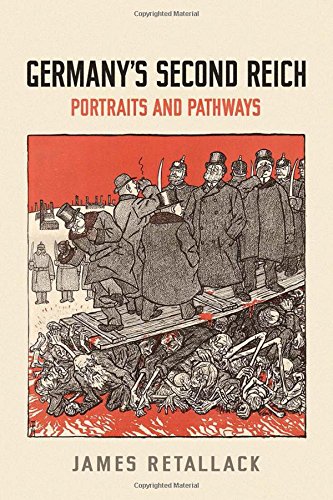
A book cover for Germany's Second Reich: Portraits and Pathways (German and European Studies); James Retallack; History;